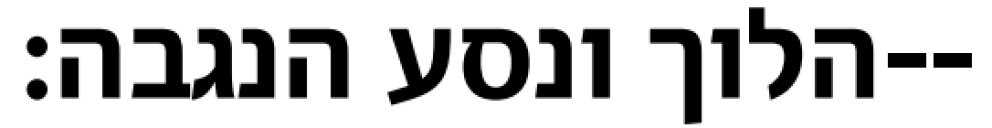
הלוך ונסע הנגבה׃--